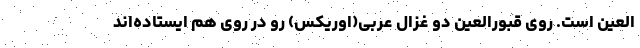
العین است. روی قبورالعین دو غزال عربی(اوریکس) رو در روی هم ایستاده‌اند